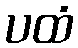
ပထံ